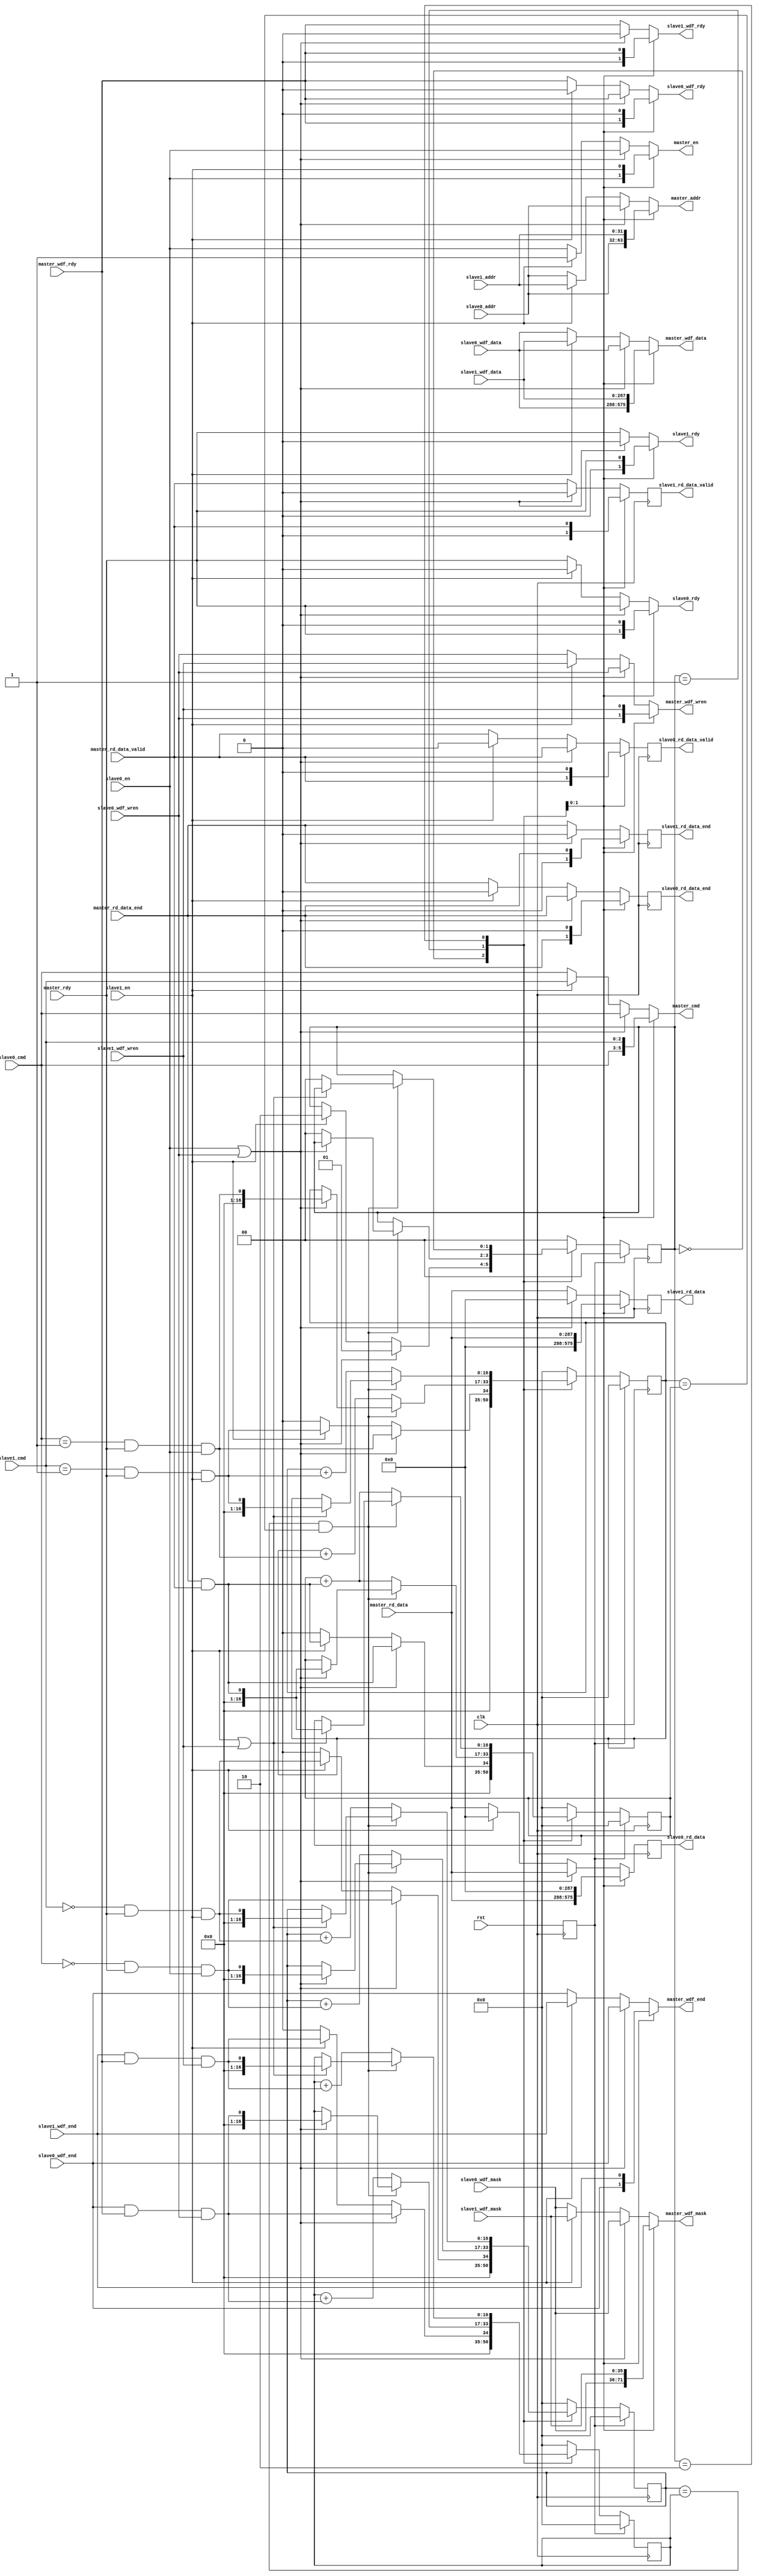
module ddr3_arbiter(
 input  clk,
 input  rst,

 // signals to/from ddr3 
 output reg [  2:0]master_cmd,         
 output reg [ 31:0]master_addr,
 output reg        master_en,           
 output reg [287:0]master_wdf_data,
 output reg [ 35:0]master_wdf_mask,
 output reg        master_wdf_end,      
 output reg        master_wdf_wren,     
 input             master_rdy,          
 input             master_wdf_rdy,      
 input      [287:0]master_rd_data,
 input             master_rd_data_valid,
 input             master_rd_data_end,  

 // signals to/from async fifo (this one has priority)
 input      [  2:0]slave0_cmd,
 input      [ 31:0]slave0_addr,
 input             slave0_en,
 input      [287:0]slave0_wdf_data,
 input      [ 35:0]slave0_wdf_mask,
 input             slave0_wdf_end,
 input             slave0_wdf_wren,
 output reg        slave0_rdy,
 output reg        slave0_wdf_rdy,
 output     [287:0]slave0_rd_data,
 output            slave0_rd_data_valid,
 output            slave0_rd_data_end,

 // sniffer signals (low priority and read-only)
 input      [  2:0]slave1_cmd,
 input      [ 31:0]slave1_addr,
 input             slave1_en,
 input      [287:0]slave1_wdf_data,
 input      [ 35:0]slave1_wdf_mask,
 input             slave1_wdf_end,
 input             slave1_wdf_wren,
 output reg        slave1_rdy,
 output reg        slave1_wdf_rdy,
 output     [287:0]slave1_rd_data,
 output            slave1_rd_data_valid,
 output            slave1_rd_data_end
);
//------------------------------------------------------------------------------
// Command constants
localparam READ  = 3'b001;
localparam WRITE = 3'b000;
//------------------------------------------------------------------------------
// The different states are required to handle the different read and write
// cycle timing options

reg   [1:0]State;
localparam Idle   = 2'd0;
localparam S0Busy = 2'd1;
localparam S1Busy = 2'd2;
//------------------------------------------------------------------------------
// registers for the read outputs
// these written to asynchronously
reg [287:0] slave0_rd_data_reg;
reg         slave0_rd_data_valid_reg;
reg         slave0_rd_data_end_reg;
reg [287:0] slave1_rd_data_reg;
reg         slave1_rd_data_valid_reg;
reg         slave1_rd_data_end_reg;
// these latched
reg [287:0] slave0_rd_data_regZ;
reg         slave0_rd_data_valid_regZ;
reg         slave0_rd_data_end_regZ;
reg [287:0] slave1_rd_data_regZ;
reg         slave1_rd_data_valid_regZ;
reg         slave1_rd_data_end_regZ;
//------------------------------------------------------------------------------
// This is synchronous read data
 
always @(posedge clk) begin
 slave0_rd_data_regZ       <= slave0_rd_data_reg;
 slave0_rd_data_valid_regZ <= slave0_rd_data_valid_reg;
 slave0_rd_data_end_regZ   <= slave0_rd_data_end_reg;
 slave1_rd_data_regZ       <= slave1_rd_data_reg;
 slave1_rd_data_valid_regZ <= slave1_rd_data_valid_reg;
 slave1_rd_data_end_regZ   <= slave1_rd_data_end_reg;
end

assign slave0_rd_data       = slave0_rd_data_regZ;
assign slave0_rd_data_valid = slave0_rd_data_valid_regZ;
assign slave0_rd_data_end   = slave0_rd_data_end_regZ;
assign slave1_rd_data       = slave1_rd_data_regZ;
assign slave1_rd_data_valid = slave1_rd_data_valid_regZ;
assign slave1_rd_data_end   = slave1_rd_data_end_regZ;

//------------------------------------------------------------------------------
// This is asynchronous in order to handle the case where both tries to
// command the controller at the same time.

always @(*) begin
 case(State)
  S0Busy: begin

   master_cmd           = slave0_cmd;
   master_addr          = slave0_addr;
   master_en            = slave0_en;

   master_wdf_data      = slave0_wdf_data;
   master_wdf_mask      = slave0_wdf_mask;
   master_wdf_end       = slave0_wdf_end;
   master_wdf_wren      = slave0_wdf_wren;
    
   slave0_rdy           = master_rdy;
   slave0_wdf_rdy       = master_wdf_rdy;

   slave0_rd_data_reg       = master_rd_data;
   slave0_rd_data_valid_reg = master_rd_data_valid;
   slave0_rd_data_end_reg   = master_rd_data_end;

   slave1_rdy           = 0; // this works with state machine forcing S0Busy
   slave1_wdf_rdy       = 0;

   slave1_rd_data_reg       = 0;
   slave1_rd_data_valid_reg = 0;
   slave1_rd_data_end_reg   = 0;
  end
//------------------------------------------------------------------------------
  S1Busy: begin //  
   master_cmd           = slave1_cmd;
   master_addr          = slave1_addr;
   master_en            = slave1_en;

   master_wdf_data      = slave1_wdf_data;
   master_wdf_mask      = slave1_wdf_mask;
   master_wdf_end       = slave1_wdf_end;
   master_wdf_wren      = slave1_wdf_wren;

   slave0_rdy           = 0;
   slave0_wdf_rdy       = 0;

   slave0_rd_data_reg       = 0;
   slave0_rd_data_valid_reg = 0;
   slave0_rd_data_end_reg   = 0;
 
   slave1_rdy           = master_rdy;
   slave1_wdf_rdy       = master_wdf_rdy;

   slave1_rd_data_reg       = master_rd_data;
   slave1_rd_data_valid_reg = master_rd_data_valid;
   slave1_rd_data_end_reg   = master_rd_data_end;
  end
//------------------------------------------------------------------------------
  default: begin // Idle ("default" to prevent inferred latches)
   if(slave0_en | slave0_wdf_wren) begin // Higher priority*/
    master_cmd           = slave0_cmd;
    master_addr          = slave0_addr;
    master_en            = slave0_en;

    master_wdf_data      = slave0_wdf_data;
    master_wdf_mask      = slave0_wdf_mask;
    master_wdf_end       = slave0_wdf_end;
    master_wdf_wren      = slave0_wdf_wren;
    
    slave0_rdy           = master_rdy;
    slave0_wdf_rdy       = master_wdf_rdy;

    slave0_rd_data_reg       = master_rd_data;
    slave0_rd_data_valid_reg = master_rd_data_valid;
    slave0_rd_data_end_reg   = master_rd_data_end;

    slave1_rdy           = 0;
    slave1_wdf_rdy       = 0;

    slave1_rd_data_reg       = 0;
    slave1_rd_data_valid_reg = 0;
    slave1_rd_data_end_reg   = 0;

   end else if(slave1_en) begin
   //end else if(0) begin
    master_cmd           = slave1_cmd;
    master_addr          = slave1_addr;
    master_en            = slave1_en;

    master_wdf_data      = slave1_wdf_data;
    master_wdf_mask      = slave1_wdf_mask;
    master_wdf_end       = slave1_wdf_end;
    master_wdf_wren      = slave1_wdf_wren;

    slave0_rdy           = 0;
    slave0_wdf_rdy       = 0;

    slave0_rd_data_reg       = 0;
    slave0_rd_data_valid_reg = 0;
    slave0_rd_data_end_reg   = 0;

    slave1_rdy           = master_rdy;
    slave1_wdf_rdy       = master_wdf_rdy;

    slave1_rd_data_reg       = master_rd_data;
    slave1_rd_data_valid_reg = master_rd_data_valid;
    slave1_rd_data_end_reg   = master_rd_data_end;

   end else begin
    master_cmd           = slave0_cmd;
    master_addr          = slave0_addr;
    master_en            = slave0_en;

    master_wdf_data      = slave0_wdf_data;
    master_wdf_mask      = slave0_wdf_mask;
    master_wdf_end       = slave0_wdf_end;
    master_wdf_wren      = slave0_wdf_wren;

    slave0_rdy           = master_rdy;
    slave0_wdf_rdy       = master_wdf_rdy;

    slave0_rd_data_reg       = master_rd_data;
    slave0_rd_data_valid_reg = master_rd_data_valid;
    slave0_rd_data_end_reg   = master_rd_data_end;
    
    slave1_rdy           = master_rdy;
    slave1_wdf_rdy       = master_wdf_rdy;

    slave1_rd_data_reg       = master_rd_data;
    slave1_rd_data_valid_reg = master_rd_data_valid;
    slave1_rd_data_end_reg   = master_rd_data_end;
   end
  end
 endcase
end
//------------------------------------------------------------------------------
// Useful short-cuts
wire [1:0]WriteCommand;
wire [1:0]WriteEnd;
wire [1:0]ReadCommand;
wire [1:0]ReadEnd;

assign WriteCommand[0] = (slave0_cmd == WRITE) & master_rdy & slave0_en;
assign ReadCommand [0] = (slave0_cmd == READ ) & master_rdy & slave0_en;
assign WriteEnd    [0] = (slave0_wdf_end & master_wdf_rdy & slave0_wdf_wren);
assign ReadEnd     [0] = (master_rd_data_end & master_rd_data_valid);

assign WriteCommand[1] = (slave1_cmd == WRITE) & master_rdy & slave1_en;
assign ReadCommand [1] = (slave1_cmd == READ ) & master_rdy & slave1_en;
assign WriteEnd    [1] = (slave1_wdf_end & master_wdf_rdy & slave1_wdf_wren);
assign ReadEnd     [1] = (master_rd_data_end & master_rd_data_valid);
//------------------------------------------------------------------------------

// The commands and corresponding data transfer is not synchronised, so keep
// counters.  Assume that 16-bit is sufficient (not sure how safe this is...)
reg [16:0]WriteCommandCount;
reg [16:0]WriteEndCount;
reg [16:0]ReadCommandCount;
reg [16:0]ReadEndCount;

reg Reset;

always @(posedge clk) begin
 Reset <= rst;

 if(Reset) begin
  State             <= Idle;
  WriteCommandCount <= 0;
  WriteEndCount     <= 0;
  ReadCommandCount  <= 0;
  ReadEndCount      <= 0;
//------------------------------------------------------------------------------

 end else begin
  case(State)
   Idle: begin
    if(slave0_en | slave0_wdf_wren) begin // Higher priority
     State <= S0Busy; 
     
     WriteCommandCount <= WriteCommand[0];
     WriteEndCount     <= WriteEnd    [0];
     ReadCommandCount  <= ReadCommand [0];
     ReadEndCount      <= ReadEnd     [0];

    end else if(slave1_en) begin
    //end else if(0) begin
     State <= S1Busy;

     WriteCommandCount <= WriteCommand[1];
     WriteEndCount     <= WriteEnd    [1];
     ReadCommandCount  <= ReadCommand [1];
     ReadEndCount      <= ReadEnd     [1];
    end else begin
	 WriteCommandCount <= 0;
     WriteEndCount     <= 0;
     ReadCommandCount  <= 0;
     ReadEndCount      <= 0;
	end
   end
//------------------------------------------------------------------------------

   S0Busy: begin
    if(
     (WriteCommandCount == WriteEndCount) && 
     (ReadCommandCount  == ReadEndCount )
    ) begin
     // At this point, another transaction can potentially be lodged...
     if(slave0_en | slave0_wdf_wren) begin
      WriteCommandCount <= WriteCommand[0];
      WriteEndCount     <= WriteEnd    [0];
      ReadCommandCount  <= ReadCommand [0];
      ReadEndCount      <= ReadEnd     [0];

     end else begin // All transactions finished and no new transaction...
      State <= Idle;
     end
     
    end else begin
     WriteCommandCount <= WriteCommandCount + WriteCommand[0];
     WriteEndCount     <= WriteEndCount     + WriteEnd    [0];
     ReadCommandCount  <= ReadCommandCount  + ReadCommand [0];
     ReadEndCount      <= ReadEndCount      + ReadEnd     [0];
    end
   end
//------------------------------------------------------------------------------

   S1Busy: begin
    if(
     (WriteCommandCount == WriteEndCount) && 
     (ReadCommandCount  == ReadEndCount )
    ) begin
     // At this point, another transaction can potentially be lodged...
     if(slave1_en | slave1_wdf_wren) begin
      WriteCommandCount <= WriteCommand[1];
      WriteEndCount     <= WriteEnd    [1];
      ReadCommandCount  <= ReadCommand [1];
      ReadEndCount      <= ReadEnd     [1];

     end else begin // All transactions finished and no new transaction...
      State <= Idle;
     end
     
    end else begin
     WriteCommandCount <= WriteCommandCount + WriteCommand[1];
     WriteEndCount     <= WriteEndCount     + WriteEnd    [1];
     ReadCommandCount  <= ReadCommandCount  + ReadCommand [1];
     ReadEndCount      <= ReadEndCount      + ReadEnd     [1];
    end
   end
//------------------------------------------------------------------------------

   default: begin
    State             <= Idle;
    WriteCommandCount <= 0;
    WriteEndCount     <= 0;
    ReadCommandCount  <= 0;
    ReadEndCount      <= 0;
   end
  endcase
 end
end

endmodule
//------------------------------------------------------------------------------